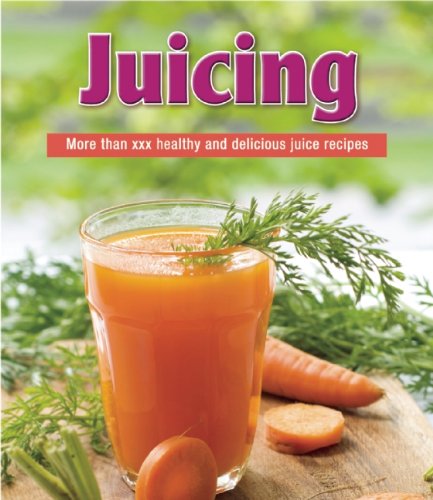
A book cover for Juicing; Cookbooks, Food & Wine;